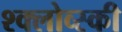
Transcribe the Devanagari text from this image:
श्क्लोव्स्की